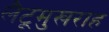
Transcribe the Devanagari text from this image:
लैटूमुखराह